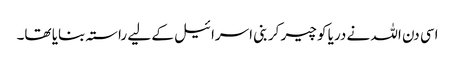
اسی دن اللہ نے دریا کو چیر کر بنی اسرائیل کے لیے راستہ بنایا تھا۔